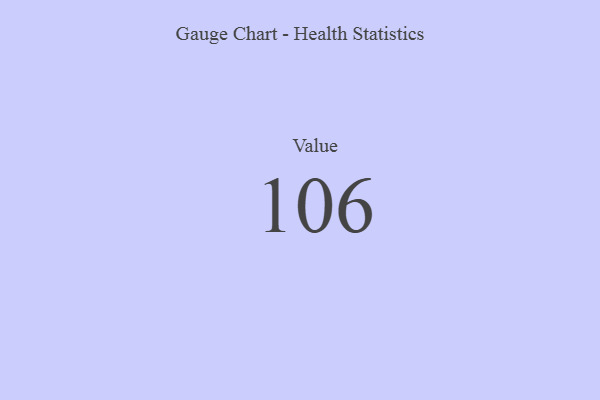
{"axis": {"x": "Metric", "y": "Value"}, "legend": [""], "data": [{"x": "Value", "y": 106, "type": ""}]}